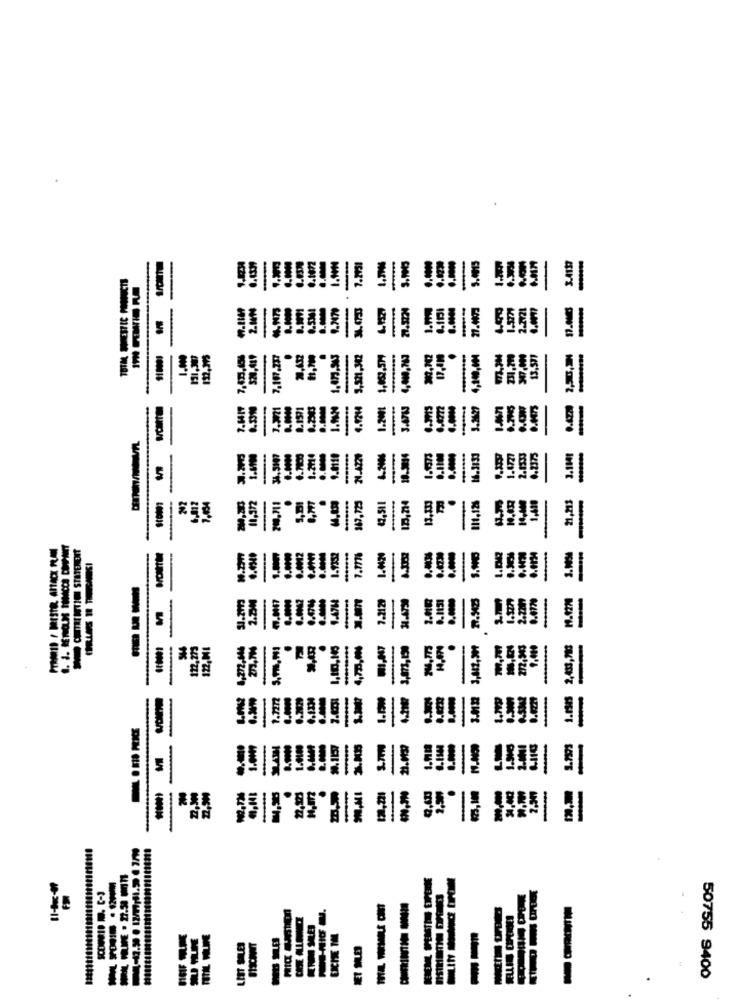
BIN'S
-
-
-
SH'R
5
-
IM'ZI
w'u'l
IN'IN'S
9-11
LIST SALES
EICHE TM
----
ILE DIM
50755 9400